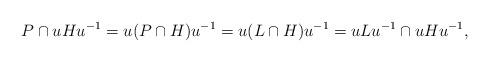
LaTeX: \begin{align*}P\cap uHu^{-1} = u(P\cap H)u^{-1}=u(L\cap H)u^{-1}=uLu^{-1}\cap uHu^{-1},\end{align*}